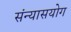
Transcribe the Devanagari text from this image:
संन्यासयोग